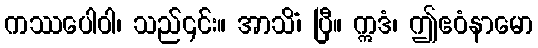
ကဿပေါဝါ၊ သည်၎င်း။ အာသိံ၊ ပြီ။ ဣဒံ၊ ဤဧဝံနာမော